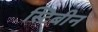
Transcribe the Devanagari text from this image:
स्टिबीन